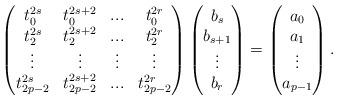
LaTeX: \begin{align*}\begin{pmatrix}t_0^{2s} & t_0^{2s+2} & ... & t_0^{2r}\\t_2^{2s} & t_2^{2s+2} & ... & t_2^{2r}\\\vdots & \vdots & \vdots & \vdots \\t_{2p-2}^{2s} & t_{2p-2}^{2s+2} & ... & t_{2p-2}^{2r}\end{pmatrix}\begin{pmatrix}b_s\\b_{s+1}\\\vdots\\b_{r}\end{pmatrix}=\begin{pmatrix}a_0\\a_1\\\vdots\\a_{p-1}\end{pmatrix}.\end{align*}